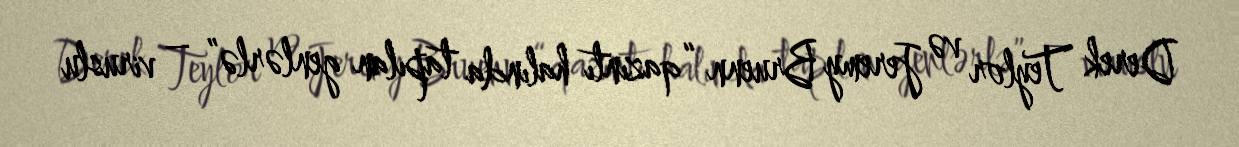
Derek Teylor və Jeremy Bruenn “qazıntı halında tapılan genlərlə” – viruslu